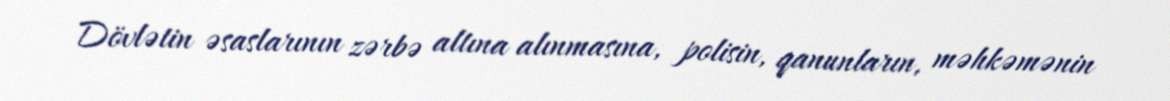
Dövlətin əsaslarının zərbə altına alınmasına, polisin, qanunların, məhkəmənin